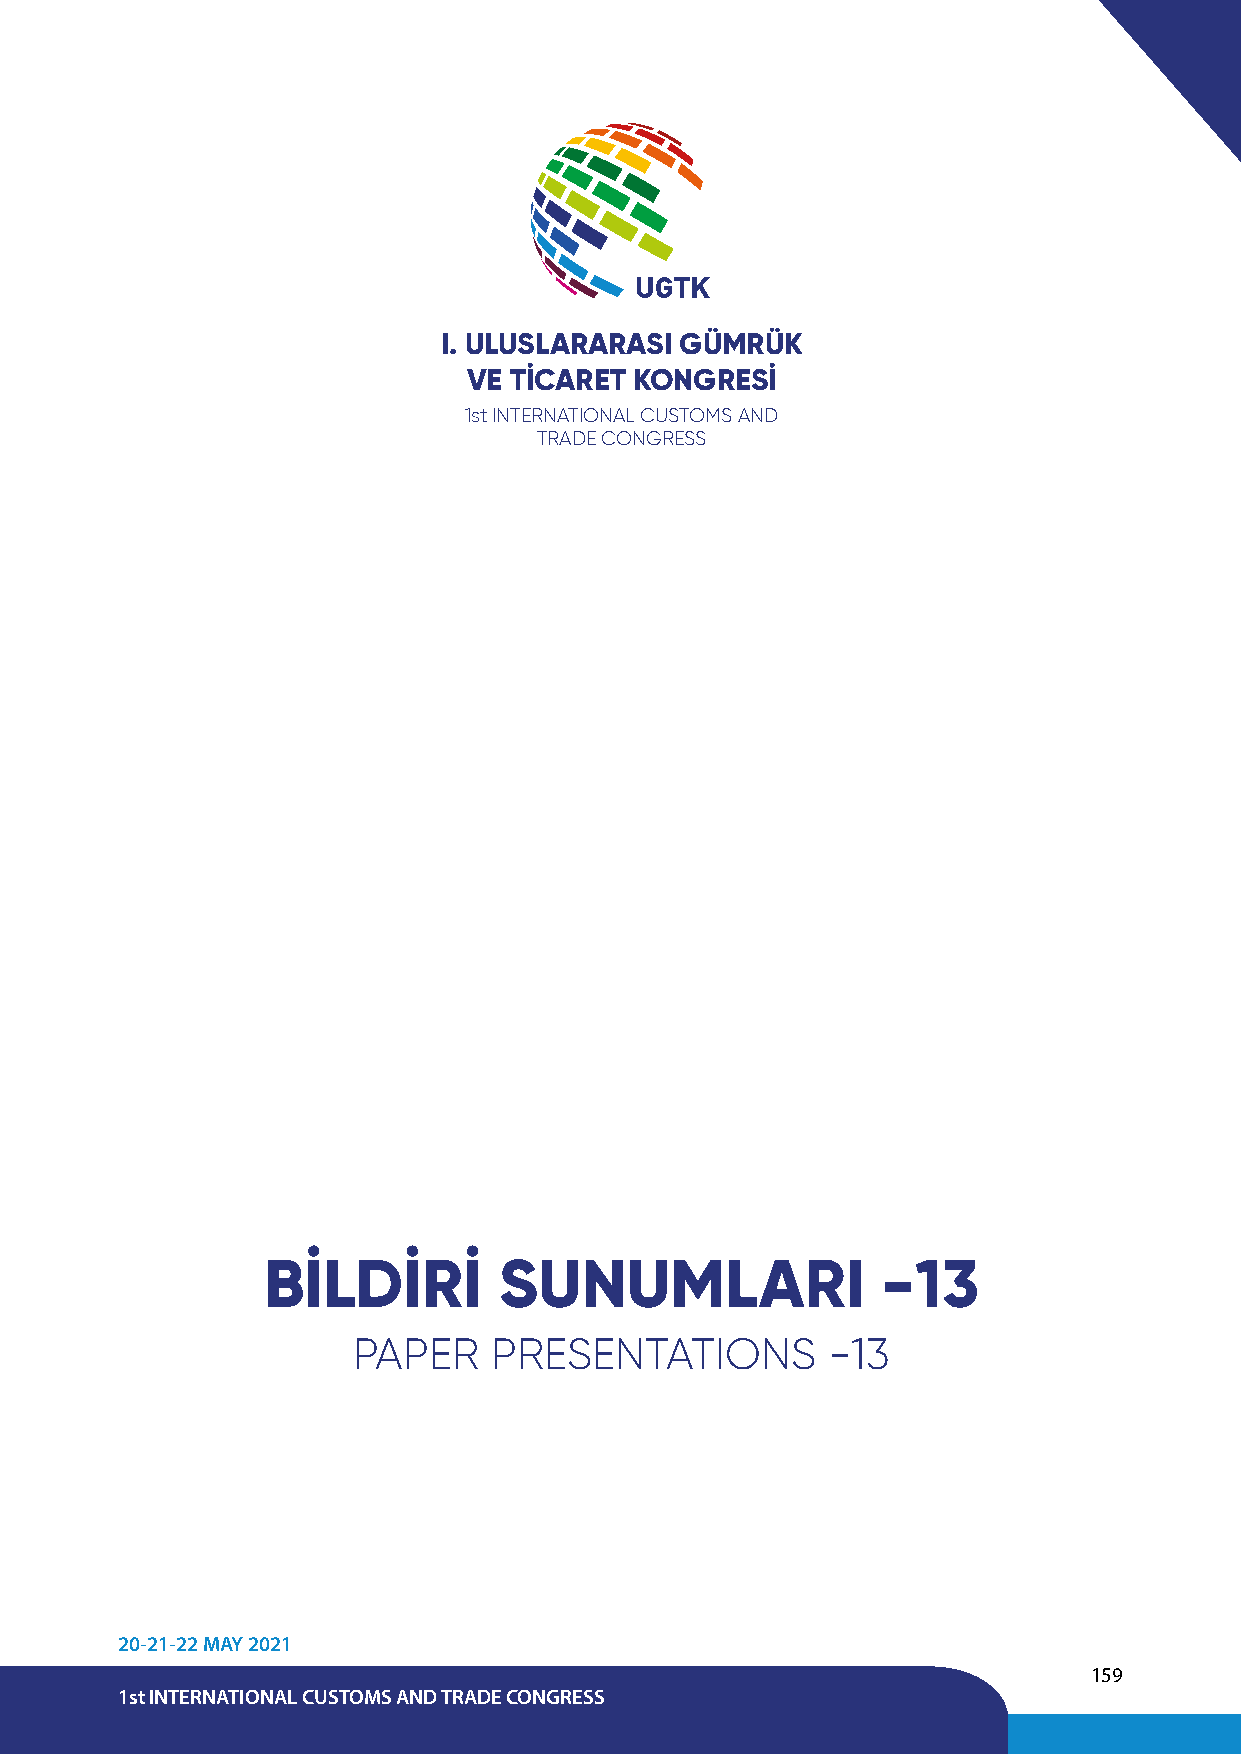
UGTK
 I. ULUSLARARASI GÜMRÜK
 VE TİCARET KONGRESİ
 1st INTERNATIONAL CUSTOMS AND
 TRADE CONGRESS
 BİLDİRİ         SUNUMLARI                -13
 PAPER     PRESENTATIONS         -13
 20-21-22 MAY 2021
 159
 1st INTERNATIONAL CUSTOMS AND TRADE CONGRESS